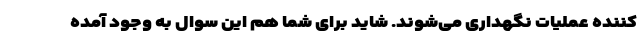
کننده عملیات نگهداری می‌شوند. شاید برای شما هم این سوال به وجود آمده